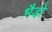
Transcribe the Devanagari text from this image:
भैडो़